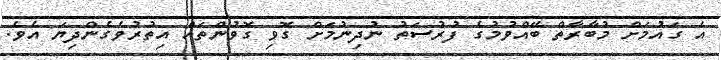
އެ ގައުމަށް މުބާރާތް ބޭއްވުމުގެ ފުރުސަތު ނުދިނުމަށް ގޮވި ގޮވުންތައް އިތުރުވެގެންދިޔަ އެވެ.